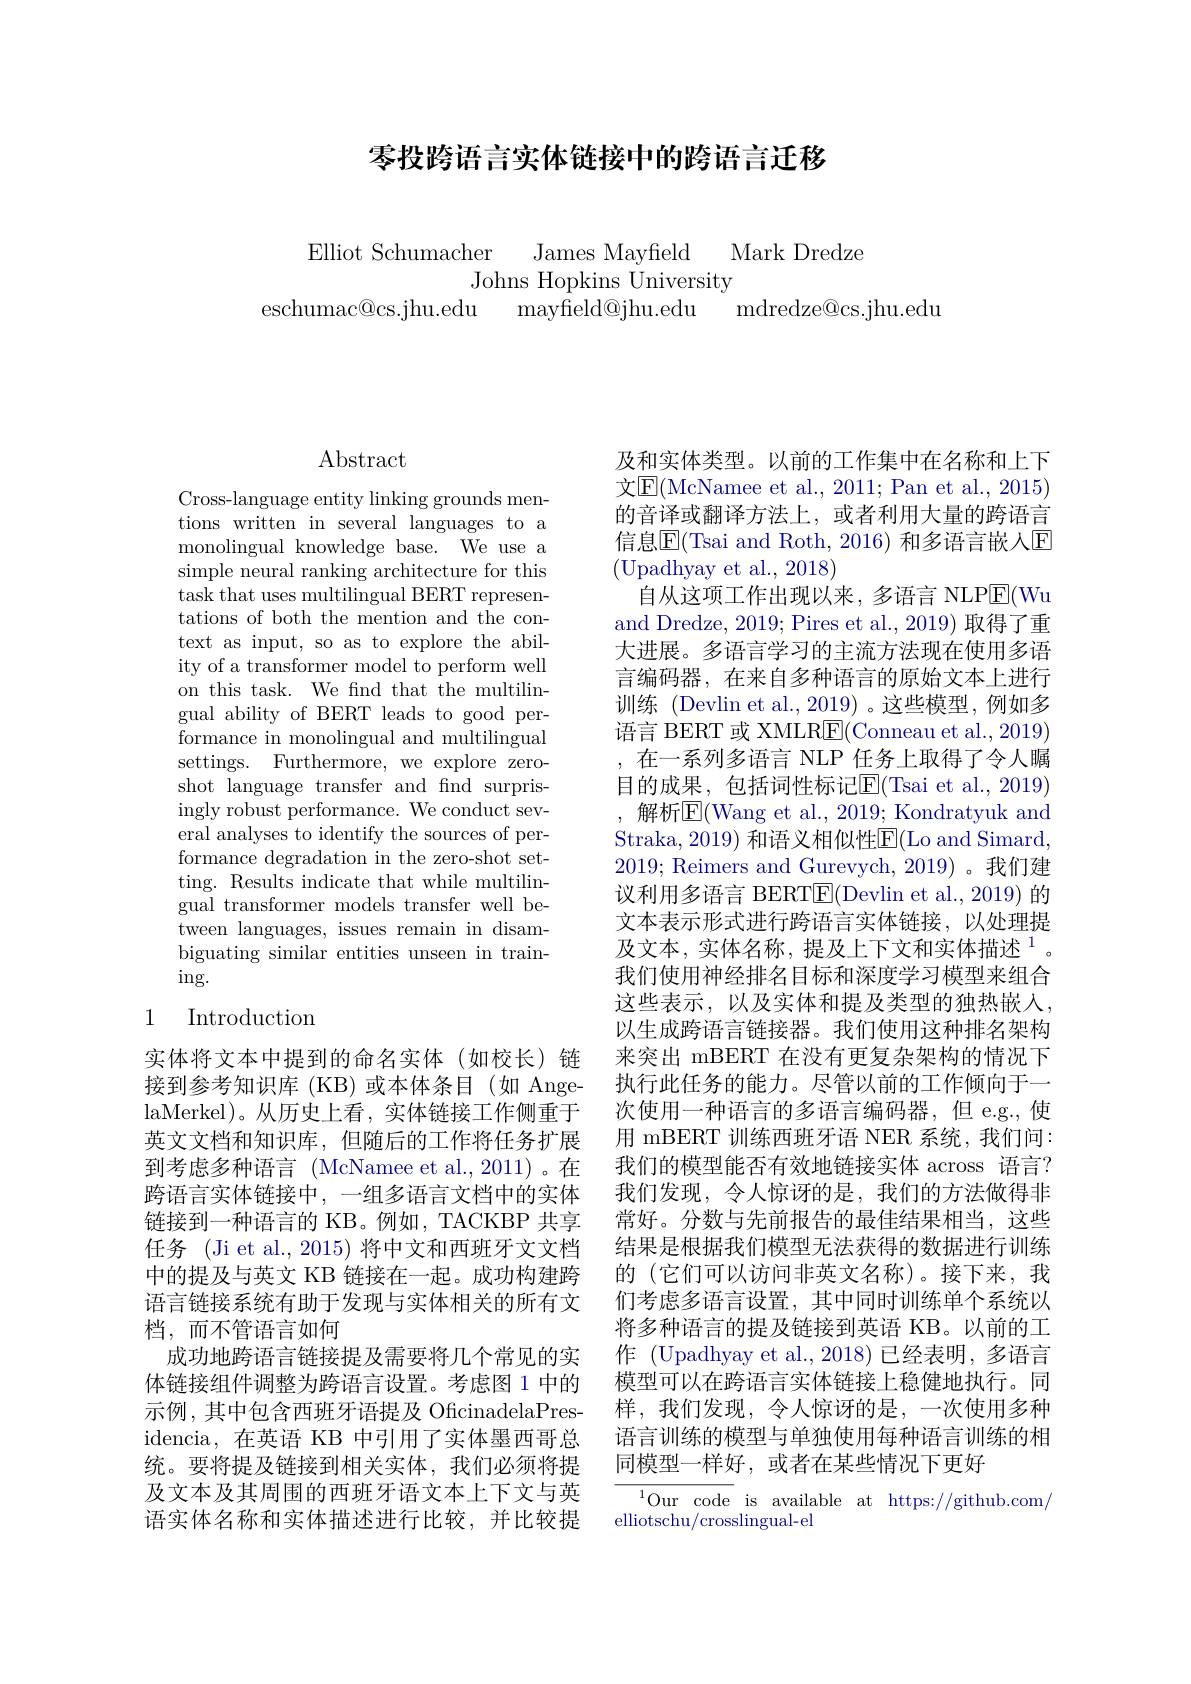
## 零投跨语言实体链接中的跨语言迁移

Elliot Schumacher James Mavfeld Mark Dredze
Johns Hopkins University
eschumac@cs.jhu.edu mayfield@jhu.edu mdredze@cs.jhu.edu

# Abstract

Cross-language entity linking grounds mentions written in several languages to a monolingual knowledge base. We use a simple neural ranking architecture for this task that uses multilingual BERT representations of both the mention and the context as input, so as to explore the ability of a transformer model to perform well on this task. We fnd that the multilingual ability of BERT leads to good performance in monolingual and multilingual settings. Furthermore, we explore zeroshot language transfer and find surprisingly robust performance. We conduct several analyses to identify the sources of performance degradation in the zero-shot setting. Results indicate that while multilingual transformer models transfer well between languages, issues remain in disambiguating similar entities unseen in train- $\operatorname{ing}.$

## 1 Introduction

实体将文本中提到的命名实体(如校长)链接到参考知识库 (KB) 或本体条目(如 AngelaMerkel)。从历史上看，实体链接工作侧重于英文文档和知识库，但随后的工作将任务扩展到考虑多种语言 (McNamee et al.,2011)。在跨语言实体链接中，一组多语言文档中的实体链接到一种语言的 KB。例如，TACKBP 共享任务 (Ji et al., 2015) 将中文和西班牙文文档中的提及与英文 KB 链接在一起。成功构建跨语言链接系统有助于发现与实体相关的所有文档，而不管语言如何
成功地跨语言链接提及需要将几个常见的实体链接组件调整为跨语言设置。考虑图 1 中的示例，其中包含西班牙语提及 OficinadelaPresidencia,在英语 KB 中引用了实体墨西哥总统。要将提及链接到相关实体，我们必须将提及文本及其周围的西班牙语文本上下文与英语实体名称和实体描述进行比较，并比较提

及和实体类型。以前的工作集中在名称和上下文$\underline{\mathrm{E}}($McNamee et al., 2011; Pan et al., 2015) 的音译或翻译方法上，或者利用大量的跨语言信息$\overline{\mathrm{E}}($Tsai and Roth, 2016) 和多语言嵌人$\overline{\mathrm{E}}$ (Upadhyay et al., 2018)
自从这项工作出现以来，多语言 NLP$\boxed{\mathrm{E}}($Wu and Dredze, 2019; Pires et al., 2019) 取得了重大进展。多语言学习的主流方法现在使用多语言编码器，在来自多种语言的原始文本上进行训练 (Devlin et al., 2019) 。这些模型，例如多语言 BERT 或 XMLR$\underline{\mathrm{E}}($Conneau et al., 2019) ,在一系列多语言 NLP 任务上取得了令人瞩目的成果，包括词性标记$\boxed{\mathrm{F}}($Tsai et al.,2019) ,解析$\overline{\mathrm{E}}($Wang et al., 2019; Kondratyuk and Straka, 2019) 和语义相似性E$( Lo and Simard$, 2019; Reimers and Gurevych, 2019)。我们建议利用多语言 BERT$\boxed{\mathrm{F}}($Devlin et al., 2019) 的文本表示形式进行跨语言实体链接，以处理提及文本，实体名称，提及上下文和实体描述$^1$。我们使用神经排名目标和深度学习模型来组合这些表示，以及实体和提及类型的独热嵌入， 以生成跨语言链接器。我们使用这种排名架构来突出 mBERT 在没有更复杂架构的情况下执行此任务的能力。尽管以前的工作倾向于一次使用一种语言的多语言编码器，但 e.g.,使用 mBERT 训练西班牙语 NER 系统，我们问： 我们的模型能否有效地链接实体 across 语言？ 我们发现，令人惊讶的是，我们的方法做得非常好。分数与先前报告的最佳结果相当，这些结果是根据我们模型无法获得的数据进行训练的 (它们可以访问非英文名称)。接下来，我们考虑多语言设置，其中同时训练单个系统以将多种语言的提及链接到英语 KB。以前的工作 (Upadhyay et al.,2018) 已经表明，多语言模型可以在跨语言实体链接上稳健地执行。同样，我们发现，令人惊讶的是，一次使用多种语言训练的模型与单独使用每种语言训练的相同模型一样好，或者在某些情况下更好
${\overline {{^{1}\text{Our code }}}}$ is available at https://github.com/

elliotschu/crosslingual-el